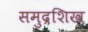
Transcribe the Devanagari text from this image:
समुद्रशिख